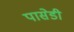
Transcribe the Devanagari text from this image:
पासेडी